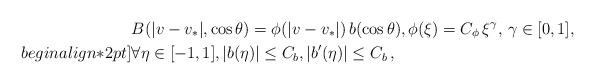
LaTeX: \begin{align*}&\displaystyle B(|v-v_{\ast}|, \cos\theta) = \phi(|v-v_{\ast}|)\, b(\cos\theta), \phi(\xi) = C_{\phi}\, \xi^{\gamma}, \, \gamma\in[0,1], \\begin{align*}2pt]&\displaystyle \forall\eta\in[-1,1], |b(\eta)|\leq C_b, |b^{\prime}(\eta)|\leq C_b\,,\end{align*}